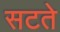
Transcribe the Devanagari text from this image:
सटते